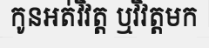
កូនអត់វិវត្ត ឬវិវត្តមក